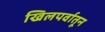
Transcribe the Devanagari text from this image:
खिलपर्वातून